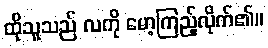
ထိုသူသည် လကို မော့ကြည့်လိုက်၏။